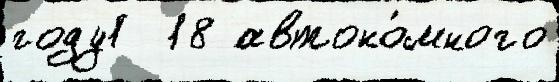
году1  18 автоно́много